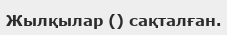
Жылқылар () сақталған.